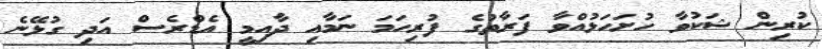
ކުރިން ޝަކުވާ ހުށަހަޅުއްވާ ފަރާތުގެ ފުރިހަމަ ނަމާއި ދާއިމީ އެޑްރެސް އަދި ގުޅޭނެ